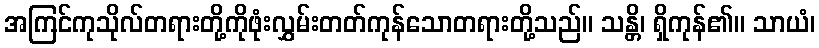
အကြင်ကုသိုလ်တရားတို့ကိုဖုံးလွှမ်းတတ်ကုန်သောတရားတို့သည်။ သန္တိ၊ ရှိကုန်၏။ သာယံ၊